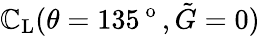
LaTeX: \mathbb{C}_{\textup{{L}}}(\theta=135^{\mathrm{{~o~}}},\tilde{{G}}=0)